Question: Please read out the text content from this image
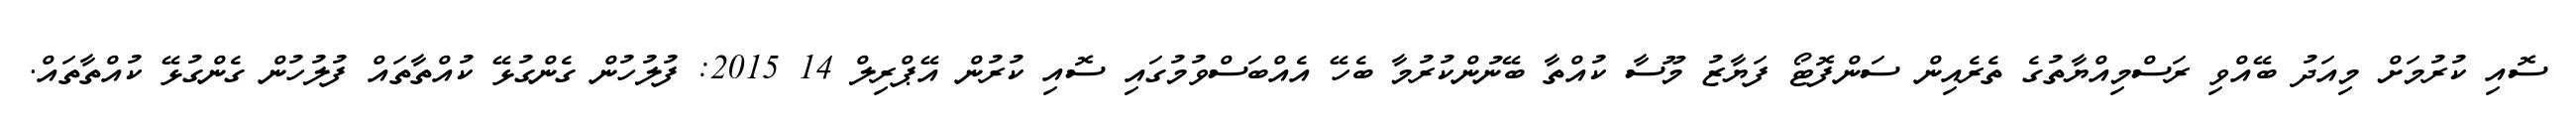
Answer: ސޮއި ކުރުމަށް މިއަދު ބޭއްވި ރަސްމިއްޔާތުގެ ތެރެއިން ސަންފޮޓޯ ފަޔާޒު މޫސާ ކުއްތާ ބޭނުންކުރުމާ ބެހޭ އެއްބަސްވުމުގައި ސޮއި ކުރުން އޭޕްރިލް 14 2015: ފުލުހުން ގެންގުޅޭ ކުއްތާތައް ފުލުހުން ގެންގުޅޭ ކުއްތާތައް.